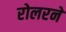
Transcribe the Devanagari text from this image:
रोलरने